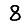
Digit: 8